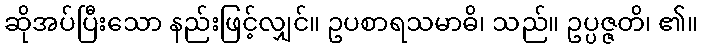
ဆိုအပ်ပြီးသော နည်းဖြင့်လျှင်။ ဥပစာရသမာဓိ၊ သည်။ ဥပ္ပဇ္ဇတိ၊ ၏။